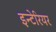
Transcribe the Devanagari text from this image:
इन्टेरियर